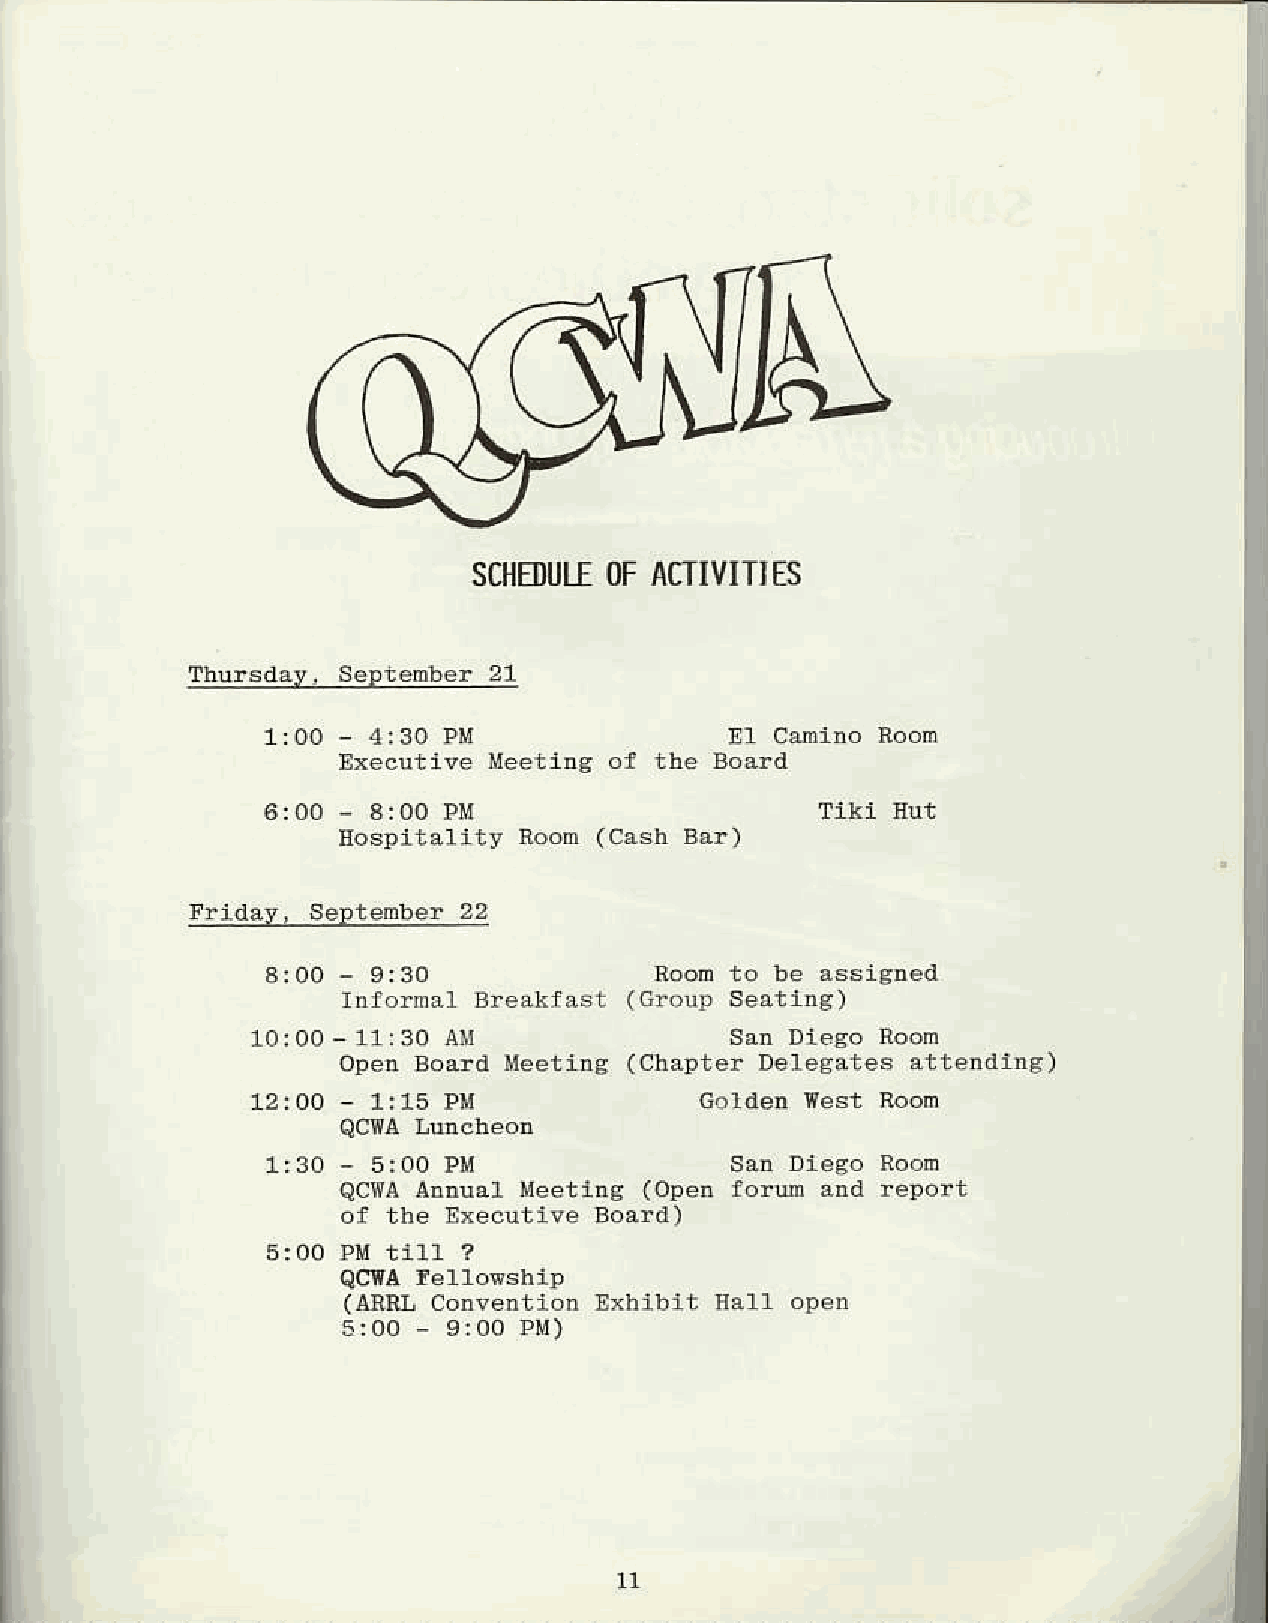
SOIEDUOTFEA   CTIVITIES
 Tbrrsdry. Seprember2 1
 1:O O- 4:30 PM                X1 Cmino  Room
 lxecuttve Meeting
 6:00 - a:00 PM
 HospitalitY Room
 Iridae, Seltember 22
 Room to be assigned
 Infornal Breakfast
 San Dieso Roon
 Olen Board Meeting (Chalter DelegEte6 attendtng)
 12 oo - 1:15 Pi{             6.1de! West Room
 30 - 5roo PM                San Dieeo Roon
 QC{A An.usl Meetlng (Open forum aDd relort
 of the Exeeuttve Board)
 (ARRL Conve.tion Exhiblt ll411 op€n
 l1